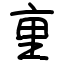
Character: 𫟯